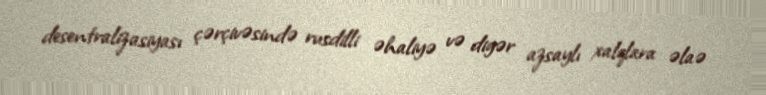
desentralizasiyası çərçivəsində rusdilli əhaliyə və digər azsaylı xalqlara əlaə